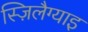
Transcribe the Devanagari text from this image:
स्ज़िलैग्याइ